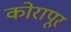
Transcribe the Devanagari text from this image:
कोरापूर